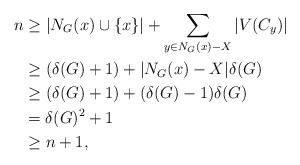
LaTeX: \begin{align*}n &\geq |N_{G}(x)\cup \{x\}|+\sum _{y\in N_{G}(x)-X}|V(C_{y})|\\ &\geq (\delta (G)+1)+|N_G(x)-X|\delta(G)\\ &\geq (\delta(G)+1)+(\delta (G)-1)\delta (G)\\&=\delta (G)^{2}+1\\ &\geq n+1,\end{align*}